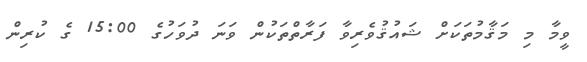
ވީމާ މި މަޤާމުތަކަށް ޝައުޤުވެރިވާ ފަރާތްތަކުން ވަނަ ދުވަހުގެ 15:00 ގެ ކުރިން